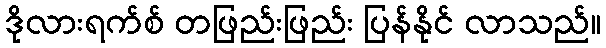
ဒိုလားရက်စ် တဖြည်းဖြည်း ပြန်နိုင် လာသည်။